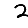
Digit: 2